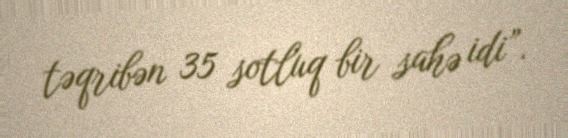
təqribən 35 sotluq bir sahə idi”.